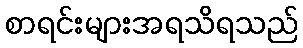
စာရင်းများအရသိရသည်